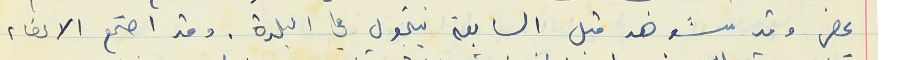
يحضر وقد شوهد قبل السابعة يتجول في البلدة. وقد اجتمع الاعضاء